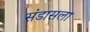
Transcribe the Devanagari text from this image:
संडासला